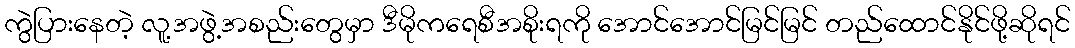
ကွဲပြားနေတဲ့ လူ့အဖွဲ့အစည်းတွေမှာ ဒီမိုကရေစီအစိုးရကို အောင်အောင်မြင်မြင် တည်ထောင်နိုင်ဖို့ဆိုရင်